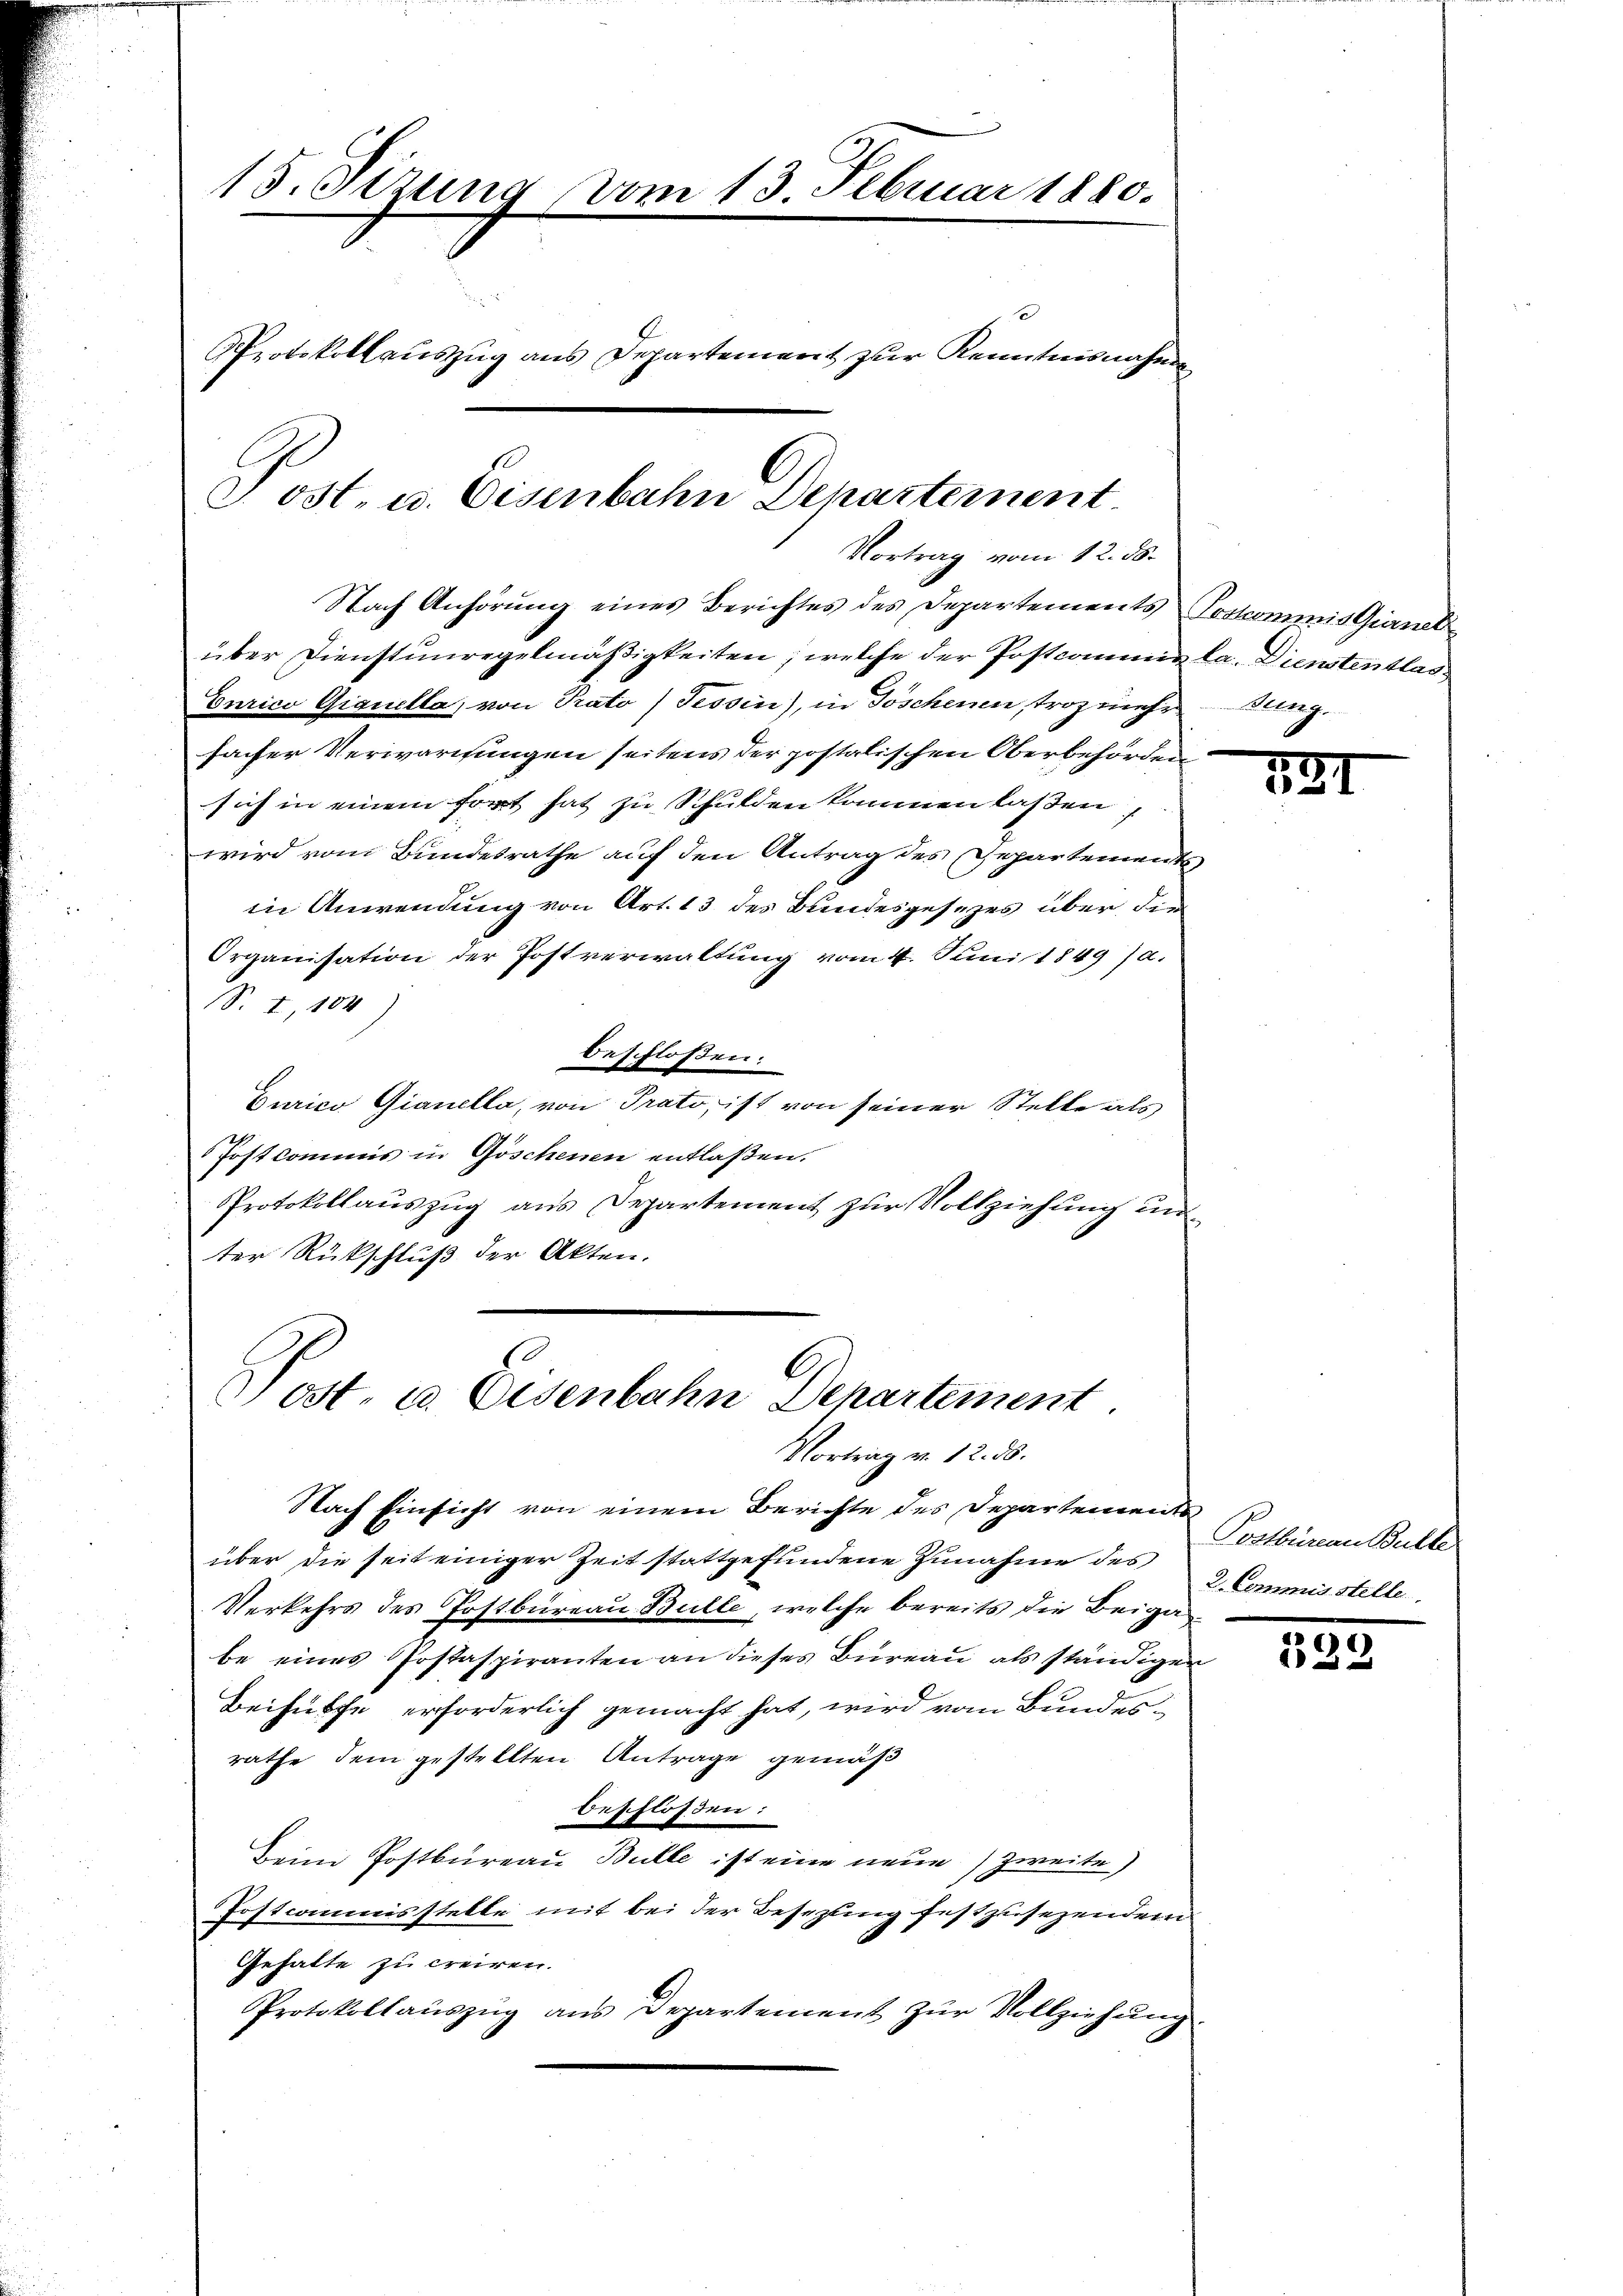
15. Sizung vom 13. Februar 1880.
Protokollauszug aus Departement zur Kenntnisnahmen
Post. u. Eisenbahn Departement

Vortrag vom 12. ds.

Nach Anhörung eines Berichtes des Departements Postcommis Giernel
über Dienstunregelmäßigkeiten, welche der Postcommen la. Dienstentlas¬
Eurico Giquella, von Prato) Tessin), in Göschenen, troz mehrung
facher Verwartungen seitens der postalischen Oberbehörden
sich in einem fort hat zu Schulden kommen lassen
wird vom Bundesrathe auf den Antrag des Departements
in Anwendung von Art. 13 des Bundesgesezes über die
Organisation der Postverwaltung vom 4. Juni 1849 (a.
S. I,104)
beschlossen:
Curico Gianella, von Prato, ist von seiner Stelle als
Postkommis in Göschenen entlaßen.
Protokollauszug aus Departement zur Vollziehung und
ter Rückschluß der Akten.

.
Post- u. Eisenbahn Departement
Vortrag v. 12. ds.

Nach Einsicht von einem Berichte des Departementüber die seit einiger Zeit stattgefundene Zunahme des
Verkehrs des Postbüreau Bulle, welche bereits die Beiga
be eines Postaspiranten an dieses Büreau als ständigen
Beihülfe erforderlich gemacht hat, wird vom Bundes-
rathe dem gestellten Antrage gemäß
Beschlossen:
Beim Postbureau Bulle ist eine neue Zweite
Postcommisstelle mit bei der Besetzung festzusezendem
Gehalte zu creiren.
Protokollaŭszŭg ans Departement zŭr Vollziehŭng

521

Postbüreau Bulle
2. Commisstelle

139